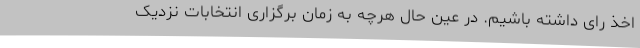
اخذ رای داشته باشیم. در عین حال هرچه به زمان برگزاری انتخابات نزدیک